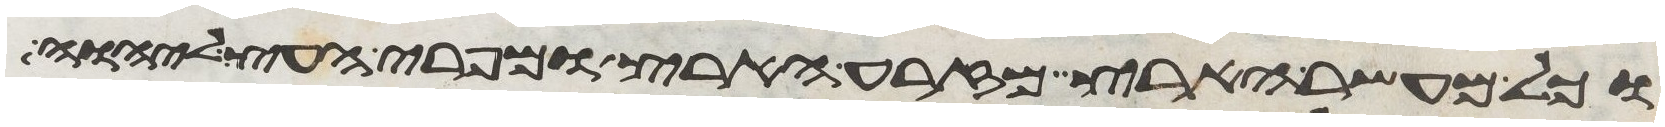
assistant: וכל מעשר הארץ מזרע הארץ ומפרי העץ ליהוה